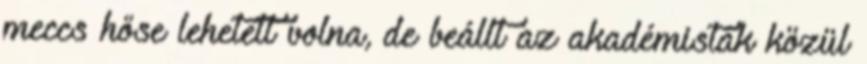
meccs hőse lehetett volna, de beállt az akadémisták közül